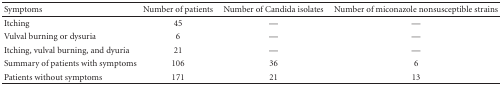
<table><thead><tr><td><b>Symptoms</b></td><td><b>Number of patients</b></td><td><b>Number of Candida isolates</b></td><td><b>Number of miconazole nonsusceptible strains</b></td></tr></thead><tbody><tr><td>Itching</td><td>45</td><td>—</td><td>—</td></tr><tr><td>Vulval burning or dysuria</td><td>6</td><td>—</td><td>—</td></tr><tr><td>Itching, vulval burning, and dyuria</td><td>21</td><td>—</td><td>—</td></tr><tr><td>Summary of patients with symptoms</td><td>106</td><td>36</td><td>6</td></tr><tr><td>Patients without symptoms</td><td>171</td><td>21</td><td>13</td></tr></tbody></table>